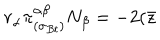
r _ { \alpha } \pi _ { ( \sigma _ { B t } ) } ^ { \alpha \beta } N _ { \beta } = - 2 ( \bar { z }